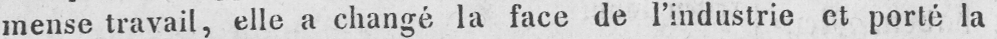
mense travail, elle a changé la face de l’industrie et porté la